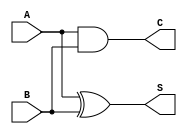
module half_adder (
    input wire A,  // First input bit
    input wire B,  // Second input bit
    output wire S, // Sum output
    output wire C  // Carry output
);

// Sum is calculated using XOR
assign S = A ^ B;

// Carry is calculated using AND
assign C = A & B;

endmodule